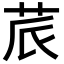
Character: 𮎬